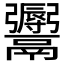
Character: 𩱨